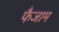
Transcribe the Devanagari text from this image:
फैजाम